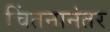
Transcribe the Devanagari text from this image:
चिंतनानंतर